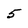
Character: 5